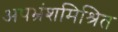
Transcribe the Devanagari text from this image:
अपभ्रंशमिश्रित